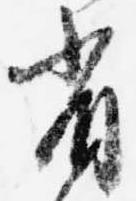
省